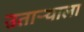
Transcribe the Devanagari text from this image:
उताऱ्याला